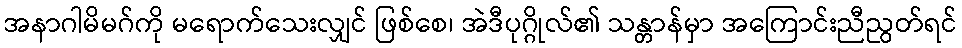
အနာဂါမိမဂ်ကို မရောက်သေးလျှင် ဖြစ်စေ၊ အဲဒီပုဂ္ဂိုလ်၏ သန္တာန်မှာ အကြောင်းညီညွတ်ရင်